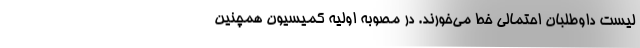
لیست داوطلبان احتمالی خط می‌خورند. در مصوبه اولیه کمیسیون همچنین